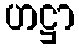
ဟဋ္ဌာ